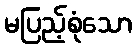
မပြည့်စုံသော